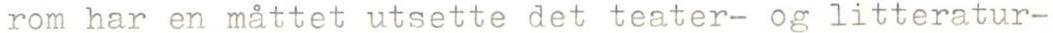
rom har en måttet utsette det teater- og litteratur-